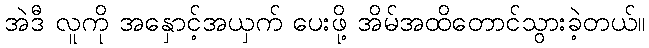
အဲဒီ လူကို အနှောင့်အယှက် ပေးဖို့ အိမ်အထိတောင်သွားခဲ့တယ်။